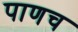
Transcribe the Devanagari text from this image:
पाणच